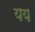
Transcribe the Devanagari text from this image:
यय